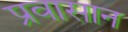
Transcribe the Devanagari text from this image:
प्रवासान